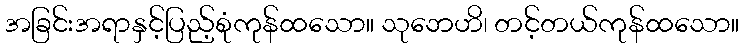
အခြင်းအရာနှင့်ပြည့်စုံကုန်ထသော။ သုဘေဟိ၊ တင့်တယ်ကုန်ထသော။